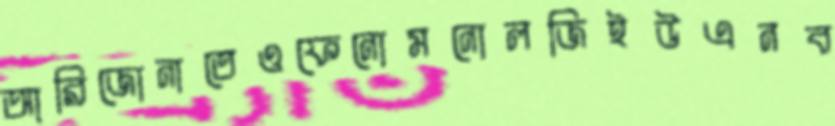
আরিজোনাতেওফেনোমনোলজিইউএনব